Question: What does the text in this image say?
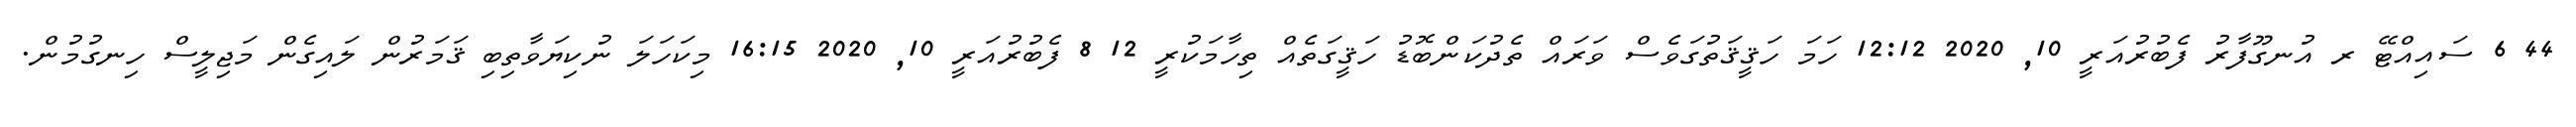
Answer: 44 6 ސައިއްޓޭ ރ އުނގޫފާރު ފެބުރުއަރީ 10, 2020 12:12 ހަމަ ހަޤީޤަތުގަވެސް ވަރައް ތެދުކަންބޮޑު ހަޤީގަތެއް ތިހާމަކުރީ 12 8 ފެބުރުއަރީ 10, 2020 16:15 މިކަހަލަ ނުކިޔަވާތިބި ޤަމަރުން ލައިގެން މަޖިލީސް ހިނގުމުން.